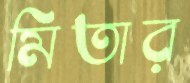
মিতার